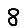
Digit: 8